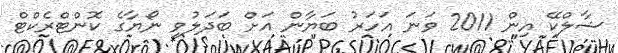
ޝާލްކޭ އިން 2011 ވަނަ އަހަރު ބަޔާން އަށް ބަދަލުވި ނޯޔާގެ ކޮންޓްރެކްޓް